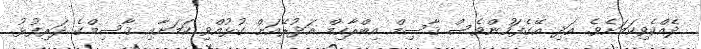
ދެއްކެވިކަމަށެވެ. އަދި އޭގެފަހުންވެސް ޤާސިމް އިބްރާހިމް އަދުރޭއަށް ގުޅުއްވި ކަމަށާއި ޤާސިމްގެ ދަރިފުޅު